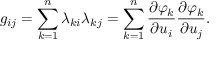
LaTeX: g _ { i j } = \sum _ { k = 1 } ^ { n } \lambda _ { k i } \lambda _ { k j } = \sum _ { k = 1 } ^ { n } { \frac { \partial \varphi _ { k } } { \partial u _ { i } } } { \frac { \partial \varphi _ { k } } { \partial u _ { j } } } .